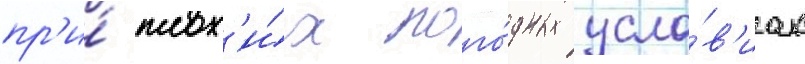
пр'и́ плох'и́х пого́дных усло́в'иах